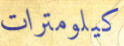
كيلومترات